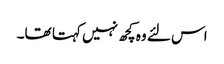
اس لئے وہ کچھ نہیں کہتا تھا۔